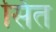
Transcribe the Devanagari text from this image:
सिंत